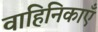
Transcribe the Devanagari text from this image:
वाहिनिकाएँ